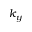
k _ { y }